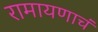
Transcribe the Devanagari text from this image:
रामायणाचं